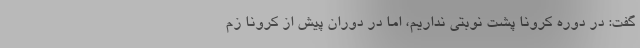
گفت: در دوره کرونا پشت نوبتی نداریم، اما در دوران پیش از کرونا زم